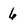
Character: 6